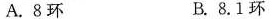
A.8环 B.8.1环